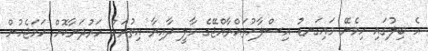
އެ ބިލުގައި ހިމެނޭ މައިގަނޑު އިސްލާހުތައްރާއްޖޭގެ މާލީ ދާއިރާ އިތުރަށް ހަރުދަނާކޮށް ހަމަޖެހުން